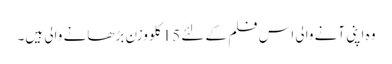
وہ اپنی آنے والی اس فلم کے لئے 15 کلو وزن بڑھانے والی ہیں۔